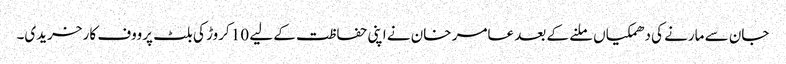
جان سے مارنے کی دھمکیاں ملنے کے بعد عامر خان نے اپنی حفاظت کے لیے 10 کروڑ کی بلٹ پرووف کار خریدی۔